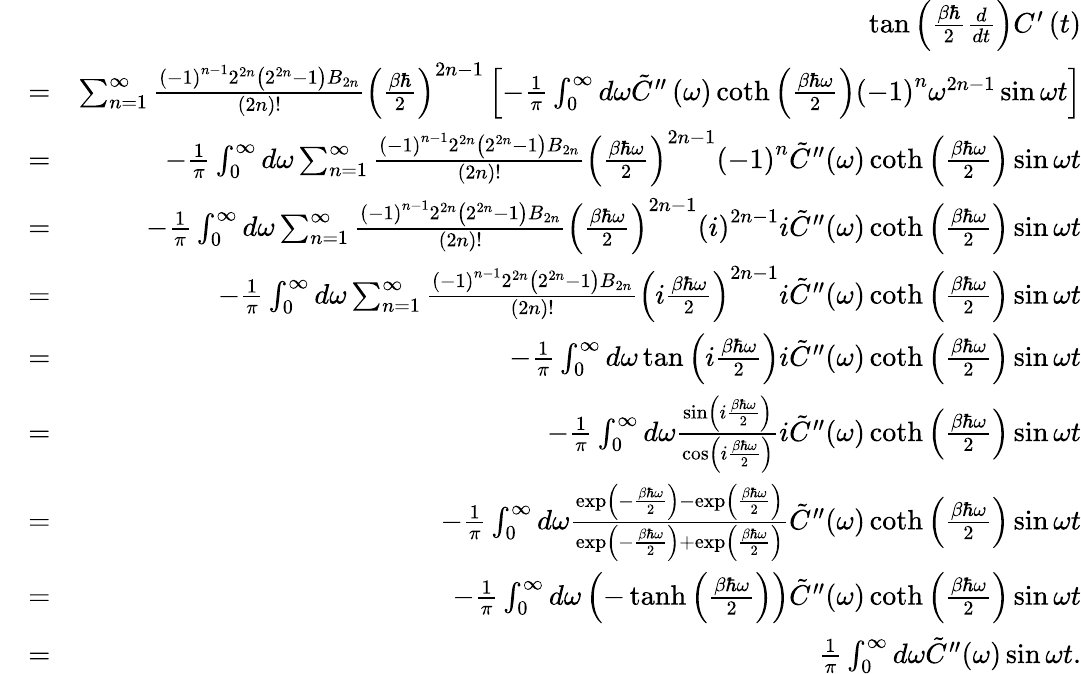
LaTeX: \begin{array}{rlr}&{}&{\tan\left(\frac{\beta\hbar}{2}\frac{d}{dt}\right)C^{\prime}\left(t\right)}\\ &{=}&{\sum_{n=1}^{\infty}\frac{\left(-1\right)^{n-1}2^{2n}\left(2^{2n}-1\right)B_{2n}}{\left(2n\right)!}\left(\frac{\beta\hbar}{2}\right)^{2n-1}\left[-\frac{1}{\pi}\int_{0}^{\infty}d\omega\tilde{C}^{\prime\prime}\left(\omega\right)\coth\left(\frac{\beta\hbar\omega}{2}\right)\left(-1\right)^{n}\omega^{2n-1}\sin\omega t\right]}\\ &{=}&{-\frac{1}{\pi}\int_{0}^{\infty}d\omega\sum_{n=1}^{\infty}\frac{\left(-1\right)^{n-1}2^{2n}\left(2^{2n}-1\right)B_{2n}}{\left(2n\right)!}\left(\frac{\beta\hbar\omega}{2}\right)^{2n-1}\left(-1\right)^{n}\tilde{C}^{\prime\prime}(\omega)\coth\left(\frac{\beta\hbar\omega}{2}\right)\sin\omega t}\\ &{=}&{-\frac{1}{\pi}\int_{0}^{\infty}d\omega\sum_{n=1}^{\infty}\frac{\left(-1\right)^{n-1}2^{2n}\left(2^{2n}-1\right)B_{2n}}{\left(2n\right)!}\left(\frac{\beta\hbar\omega}{2}\right)^{2n-1}\left(i\right)^{2n-1}i\tilde{C}^{\prime\prime}(\omega)\coth\left(\frac{\beta\hbar\omega}{2}\right)\sin\omega t}\\ &{=}&{-\frac{1}{\pi}\int_{0}^{\infty}d\omega\sum_{n=1}^{\infty}\frac{\left(-1\right)^{n-1}2^{2n}\left(2^{2n}-1\right)B_{2n}}{\left(2n\right)!}\left(i\frac{\beta\hbar\omega}{2}\right)^{2n-1}i\tilde{C}^{\prime\prime}(\omega)\coth\left(\frac{\beta\hbar\omega}{2}\right)\sin\omega t}\\ &{=}&{-\frac{1}{\pi}\int_{0}^{\infty}d\omega\tan\left(i\frac{\beta\hbar\omega}{2}\right)i\tilde{C}^{\prime\prime}(\omega)\coth\left(\frac{\beta\hbar\omega}{2}\right)\sin\omega t}\\ &{=}&{-\frac{1}{\pi}\int_{0}^{\infty}d\omega\frac{\sin\left(i\frac{\beta\hbar\omega}{2}\right)}{\cos\left(i\frac{\beta\hbar\omega}{2}\right)}i\tilde{C}^{\prime\prime}(\omega)\coth\left(\frac{\beta\hbar\omega}{2}\right)\sin\omega t}\\ &{=}&{-\frac{1}{\pi}\int_{0}^{\infty}d\omega\frac{\exp\left(-\frac{\beta\hbar\omega}{2}\right)-\exp\left(\frac{\beta\hbar\omega}{2}\right)}{\exp\left(-\frac{\beta\hbar\omega}{2}\right)+\exp\left(\frac{\beta\hbar\omega}{2}\right)}\tilde{C}^{\prime\prime}(\omega)\coth\left(\frac{\beta\hbar\omega}{2}\right)\sin\omega t}\\ &{=}&{-\frac{1}{\pi}\int_{0}^{\infty}d\omega\left(-\operatorname{tanh}\left(\frac{\beta\hbar\omega}{2}\right)\right)\tilde{C}^{\prime\prime}(\omega)\coth\left(\frac{\beta\hbar\omega}{2}\right)\sin\omega t}\\ &{=}&{\frac{1}{\pi}\int_{0}^{\infty}d\omega\tilde{C}^{\prime\prime}(\omega)\sin\omega t.}\end{array}